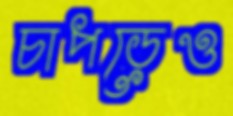
চাপড়েও